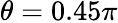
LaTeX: \theta=0.45\pi